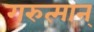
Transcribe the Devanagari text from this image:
गरुत्मान्